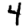
Digit: 4